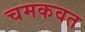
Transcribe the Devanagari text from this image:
चमकवत